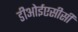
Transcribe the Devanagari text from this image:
डीओईएसीसी